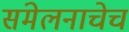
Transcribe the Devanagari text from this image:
संमेलनाचेच